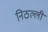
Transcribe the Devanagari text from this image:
निठल्ली